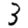
Digit: 3